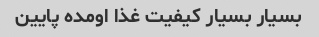
بسیار بسیار کیفیت غذا اومده پایین